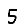
Digit: 5